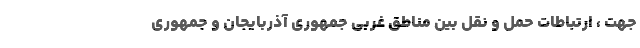
جهت ، ارتباطات حمل و نقل بین مناطق غربی جمهوری آذربایجان و جمهوری